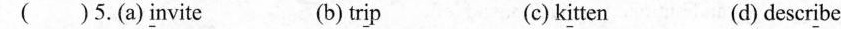
()5.(s)\underline{i}nvite (b)tr\underline{i}p (c)k\underline{i}tten （d）descr\underline{i}be